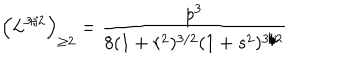
LaTeX: \left( L ^ { { 3 } / { 2 } } \right) _ { \geq 2 } = \frac { p ^ { 3 } } { 8 ( 1 + r ^ { 2 } ) ^ { 3 / 2 } ( 1 + s ^ { 2 } ) ^ { 3 / 2 } }